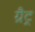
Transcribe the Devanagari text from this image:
ग्रैट्र